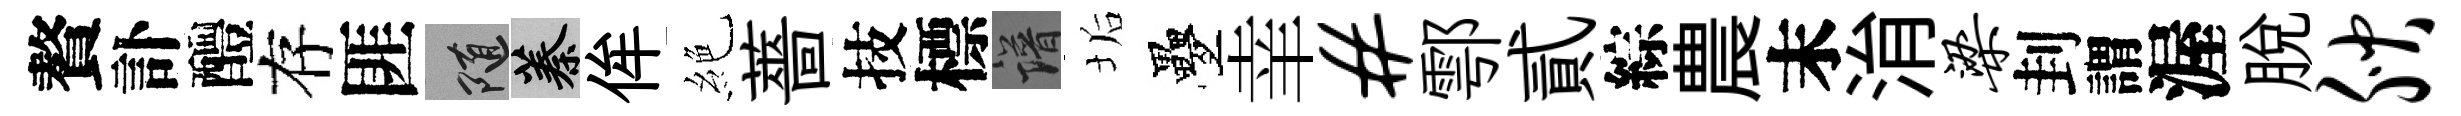
贅訃醴存匪隨蓁侔絶薔技標譜垢疊𦍒#鄠貳綜農末㳙梁刲謂渥脱腴